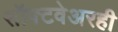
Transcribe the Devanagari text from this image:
सॉफ्टवेअरही